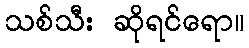
သစ်သီး ဆိုရင်ရော။